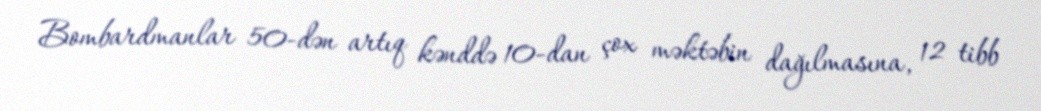
Bombardmanlar 50-dən artıq kənddə 10-dan çox məktəbin dağılmasına, 12 tibb